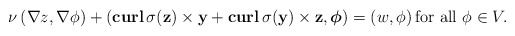
\begin{align*}\nu\left(\nabla z,\nabla \phi\right)+\left(\mathbf{curl}\, \sigma(\mathbf z)\times \mathbf y+\mathbf{curl}\, \sigma(\mathbf y)\times \mathbf z, \boldsymbol\phi\right)=\left( w, \phi\right) \mbox{for all} \ \phi\in V.\end{align*}